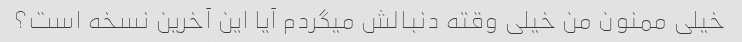
خیلی ممنون من خیلی وقته دنبالش میگردم آیا این آخرین نسخه است؟